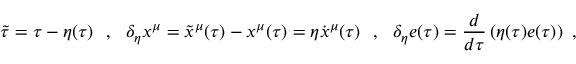
\tilde { \tau } = \tau - \eta ( \tau ) \ \ , \ \ \delta _ { \eta } x ^ { \mu } = \tilde { x } ^ { \mu } ( \tau ) - x ^ { \mu } ( \tau ) = \eta \dot { x } ^ { \mu } ( \tau ) \ \ , \ \ \delta _ { \eta } e ( \tau ) = \frac { d } { d \tau } \left( \eta ( \tau ) e ( \tau ) \right) \ ,